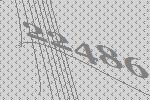
22486